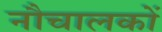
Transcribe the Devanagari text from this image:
नौचालकों